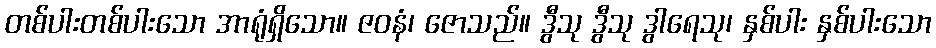
တစ်ပါးတစ်ပါးသော အာရုံရှိသော။ ဇဝနံ၊ ဇောသည်။ ဒွီသု ဒွီသု ဒွါရေသု၊ နှစ်ပါး နှစ်ပါးသော